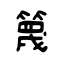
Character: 篾